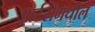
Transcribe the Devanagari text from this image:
आर्टरीमधील